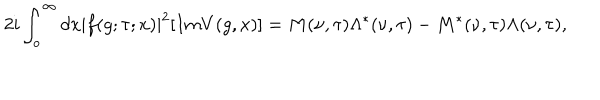
LaTeX: 2 i \int _ { o } ^ { \infty } d x | f ( g ; \tau ; x ) | ^ { 2 } [ I m V ( g , x ) ] = M ( \nu , \tau ) \Lambda ^ { * } ( \nu , \tau ) - M ^ { * } ( \nu , \tau ) \Lambda ( \nu , \tau ) ,